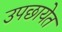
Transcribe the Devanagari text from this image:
उपछायेत